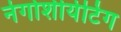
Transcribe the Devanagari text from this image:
नेगोशीयेटिंग